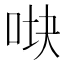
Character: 𰇧